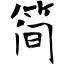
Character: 简